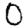
Digit: 0